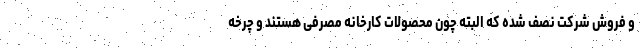
و فروش شرکت نصف شده که البته چون محصولات کارخانه مصرفی هستند و چرخه